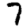
Digit: 7